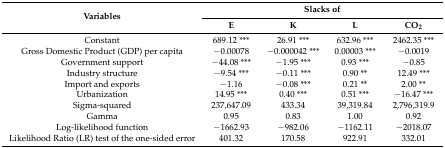
<table><thead><tr><td rowspan="2"><b>Variables</b></td><td colspan="4"><b>Slacks of</b></td></tr><tr><td><b>E</b></td><td><b>K</b></td><td><b>L</b></td><td><b>CO<sub>2</sub></b></td></tr></thead><tbody><tr><td>Constant</td><td>689.12 ***</td><td>26.91 ***</td><td>632.96 ***</td><td>2462.35 ***</td></tr><tr><td>Gross Domestic Product (GDP) per capita</td><td>−0.00078</td><td>−0.000042 ***</td><td>0.00003 ***</td><td>−0.0019</td></tr><tr><td>Government support</td><td>−44.08 ***</td><td>−1.95 ***</td><td>0.93 ***</td><td>−0.85</td></tr><tr><td>Industry structure</td><td>−9.54 ***</td><td>−0.11 ***</td><td>0.90 **</td><td>12.49 ***</td></tr><tr><td>Import and exports</td><td>−1.16</td><td>−0.08 ***</td><td>0.21 **</td><td>2.00 **</td></tr><tr><td>Urbanization</td><td>14.95 ***</td><td>0.40 ***</td><td>0.51 ***</td><td>−16.47 ***</td></tr><tr><td>Sigma-squared</td><td>237,647.09</td><td>433.34</td><td>39,319.84</td><td>2,796,319.9</td></tr><tr><td>Gamma</td><td>0.95</td><td>0.83</td><td>1.00</td><td>0.92</td></tr><tr><td>Log-likelihood function</td><td>−1662.93</td><td>−982.06</td><td>−1162.11</td><td>−2018.07</td></tr><tr><td>Likelihood Ratio (LR) test of the one-sided error</td><td>401.32</td><td>170.58</td><td>922.91</td><td>332.01</td></tr></tbody></table>